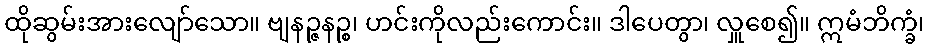
ထိုဆွမ်းအားလျော်သော။ ဗျနဉ္ဇနဉ္စ၊ ဟင်းကိုလည်းကောင်း။ ဒါပေတွာ၊ လှူစေ၍။ ဣမံဘိက္ခံ၊